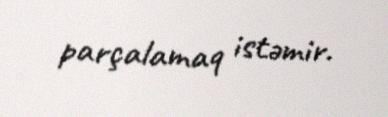
parçalamaq istəmir.